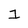
Character: 1